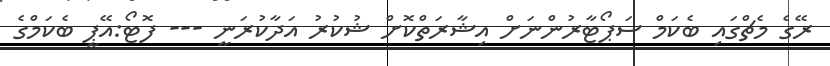
ރޭގެ މެޗްގައި ބެކަމް ސަޕޯޓާރުންނަށް އިޝާރަތްކޮށް ޝުކުރު އަދާކުރަނީ --- ފޮޓޯ:އޭޕީ ބެކަމްގެ